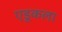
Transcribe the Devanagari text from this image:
एडूकला